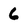
Character: 6